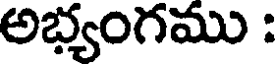
అభ్యంగము :